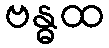
ဗန္ဓထ